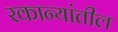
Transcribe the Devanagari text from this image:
रकान्यांतील